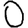
Digit: 0